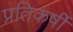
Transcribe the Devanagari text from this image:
प्रतिकर्षी